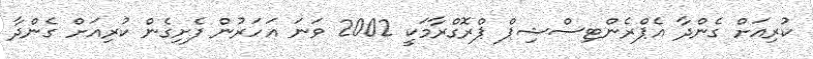
ކުރިއަށް ގެންދާ އެޕްރެންޓިސްޝިޕް ޕްރޮގްރާމަކީ 2002 ވަނަ އަހަރުން ފެށިގެން ކުރިއަށް ގެންދާ